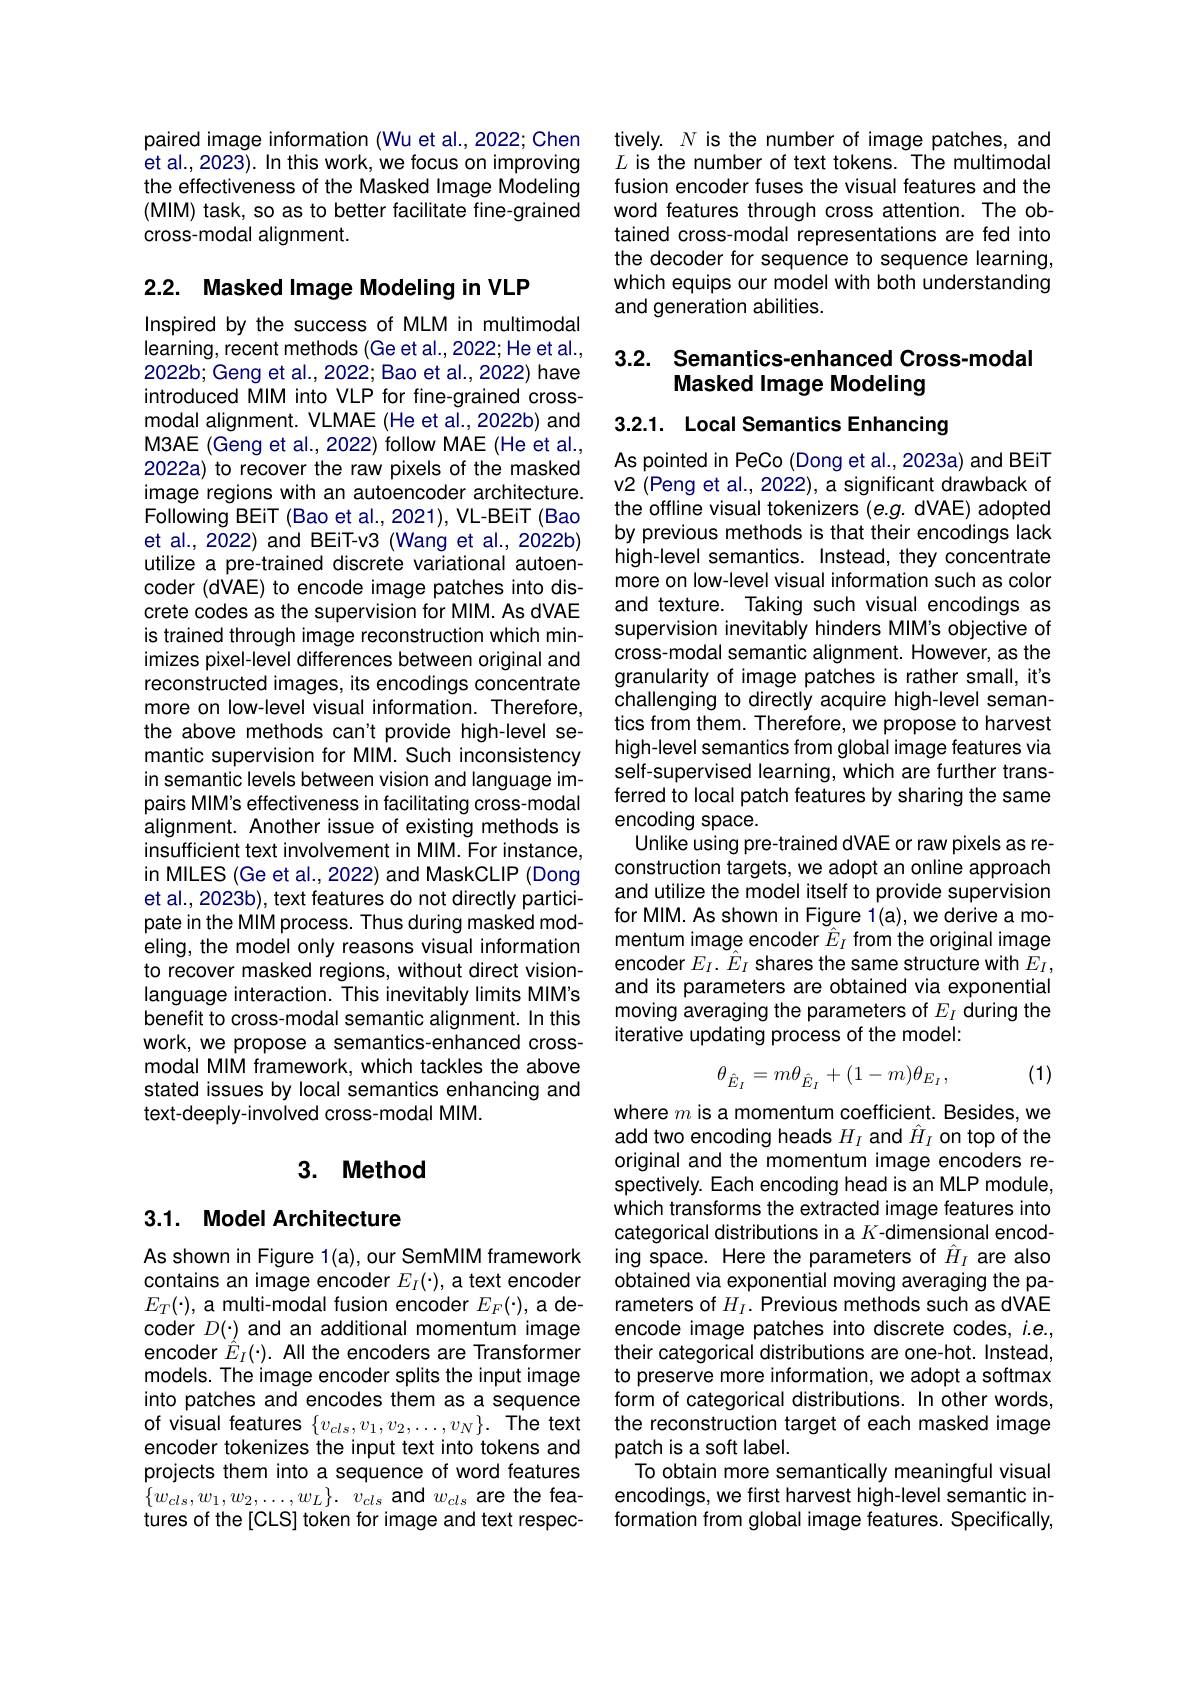
paired image information (Wu et al., 2022; Chen et al., 2023). In this work, we focus on improving the effectiveness of the Masked Image Modeling (MIM) task, so as to better facilitate fine-grained cross-modal alignment.

2.2. Masked Image Modeling in VLP

Inspired by the success of MLM in multimodal learning, recent methods (Ge et al., 2022; He et al., 2022b; Geng et al., 2022; Bao et al., 2022) have introduced MIM into VLP for fine-grained crossmodal alignment. VLMAE (He et al., 2022b) and M3AE (Geng et al., 2022) follow MAE (He et al., 2022a) to recover the raw pixels of the masked image regions with an autoencoder architecture. Following BEiT (Bao et al., 2021), VL-BEiT (Bao et al., 2022) and BEiT-v3 (Wang et al., 2022b) utilize a pre-trained discrete variational autoencoder (dVAE) to encode image patches into discrete codes as the supervision for MIM. As dVAE is trained through image reconstruction which minimizes pixel-level differences between original and reconstructed images, its encodings concentrate more on low-level visual information. Therefore, the above methods can't provide high-level semantic supervision for MIM. Such inconsistency in semantic levels between vision and language impairs MIM's effectiveness in facilitating cross-modal alignment. Another issue of existing methods is insufficient text involvement in MIM. For instance, in MILES (Ge et al., 2022) and MaskCLIP (Dong et al., 2023b), text features do not directly participate in the MIM process. Thus during masked modeling, the model only reasons visual information to recover masked regions, without direct visionlanguage interaction. This inevitably limits MIM's benefit to cross-modal semantic alignment. In this work, we propose a semantics-enhanced crossmodal MIM framework, which tackles the above stated issues by local semantics enhancing and text-deeply-involved cross-modal MIM.

## 3. Method

## 3.1. Model Architecture

As shown in Figure 1(a), our SemMIM framework contains an image encoder $E_I(\cdot)$, a text encoder $E_{T}(\cdot)$,a multi-modal fusion encoder $E_F(\cdot)$, a decoder $D(\cdot)$ and an additional momentum image into patches and encodes them as a sequence of visual features $\{v_{cls},v_{1},v_{2},\ldots,v_{N}\}.$ The text encoder tokenizes the input text into tokens and projects them into a sequence of word features $\begin{array}{l}\{w_{cls},w_1,w_2,\ldots,w_L\}.\: v_{cls}\text{and}\:w_{cls}\text{are the fea-}\\\text{tures of the[CLS] token for image and text respec-}\end{array}$

tively. $N$ is the number of image patches, and $L$ is the number of text tokens. The multimodal fusion encoder fuses the visual features and the word features through cross attention. The obtained cross-modal representations are fed into the decoder for sequence to sequence learning, which equips our model with both understanding and generation abilities.

## 3.2. Semantics-enhanced Cross-modal Masked Image Modeling

3.2.1. Local Semantics Enhancing

As pointed in PeCo (Dong et al., 2023a) and BEiT v2 (Peng et al., 2022), a significant drawback of the offline visual tokenizers (e.g. dVAE) adopted by previous methods is that their encodings lack high-level semantics. Instead, they concentrate more on low-level visual information such as color and texture. Taking such visual encodings as supervision inevitably hinders MIM's objective of cross-modal semantic alignment. However, as the granularity of image patches is rather small, it's challenging to directly acquire high-level semantics from them. Therefore, we propose to harvest high-level semantics from global image features via self-supervised learning, which are further transferred to local patch features by sharing the same encoding space.
Unlike using pre-trained dVAE or raw pixels as reconstruction targets, we adopt an online approach and utilize the model itself to provide supervision for MIM. As shown in Figure 1(a), we derive a momentum image encoder $\hat{E}_I$ from the original image encoder $E_I.\hat{E}_I$ shares the same structure with $E_I$, and its parameters are obtained via exponential moving averaging the parameters of $E_I$ during the iterative updating process of the model:

(1)
$$\theta_{\hat{E}_{I}}=m\theta_{\hat{E}_{I}}+(1-m)\theta_{E_{I}},$$
where $m$ is a momentum coefficient. Besides, we add two encoding heads $H_I$ and $\hat{H}_I$ on top of the original and the momentum image encoders respectively. Each encoding head is an MLP module, which transforms the extracted image features into categorical distributions in a $K$-dimensional encoding space. Here the parameters of $\hat{H}_I$ are also obtained via exponential moving averaging the parameters of $H_I.$ Previous methods such as dVAE encode image patches into discrete codes, i.e.,
$\begin{aligned}&\text{encoder }^{(\hat{\hat{E}}_I(\cdot).\text{ All the encoders are Transformer}\:\text{their categorical distributions are one-hot. Instead,}\\}\text{models. The image encoder splits the input image}\:\text{to preserve more information,we adopt a softmax}\\&\text{models. The image encoder spl}\end{aligned}$
form of categorical distributions. In other words, the reconstruction target of each masked image patch is a soft label.
To obtain more semantically meaningful visual encodings, we first harvest high-level semantic information from global image features. Specifically,